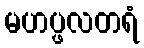
မဟပ္ဖလတရံ